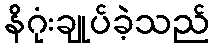
နိဂုံးချုပ်ခဲ့သည်